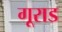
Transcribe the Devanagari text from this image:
गूराड